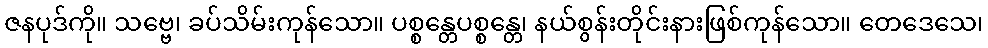
ဇနပုဒ်ကို။ သဗ္ဗေ၊ ခပ်သိမ်းကုန်သော။ ပစ္စန္တေပစ္စန္တေ၊ နယ်စွန်းတိုင်းနားဖြစ်ကုန်သော။ တေဒေသေ၊